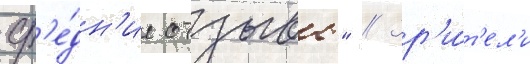
ср'е́дн'ие отзывы" // Зр'и́т'ел'и